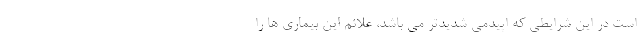
است در این شرایطی که اپیدمی شدیدتر می باشد، علائم این بیماری ها را